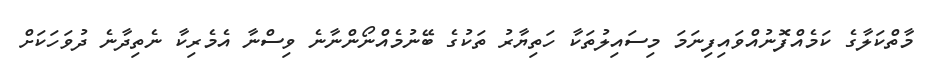
މާތްކަލާގެ ކަމެއްފޮނުއްވައިފިނަމަ މިސައިލުތަކާ ހަތިޔާރު ތަކުގެ ބޭނުމެއްނޯންނާނެ ވިސްނާ އެމެރިކާ ނެތިދާނެ ދުވަހަކަށް